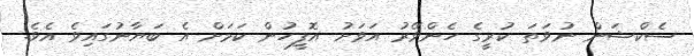
ސެކްޝަން ނުވަތަ ކުރީގެ ހެންވޭރު އަވަށު އޮފީހުން ކަމަށް އެ ބަޔާނުގައިވެ އެވެ.